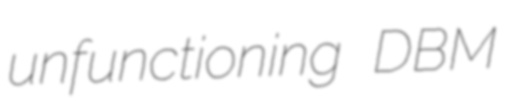
unfunctioning DBM